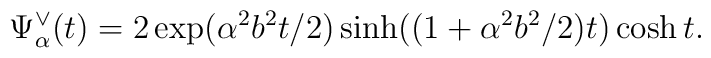
\Psi _{\alpha }^{\vee }(t)=2\exp (\alpha ^{2}b^{2}t/2)\sinh ((1+\alpha^{2}b^{2}/2)t)\cosh t.